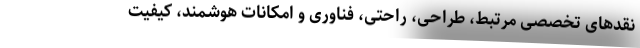
نقدهای تخصصی مرتبط، طراحی، راحتی، فناوری و امکانات هوشمند، کیفیت